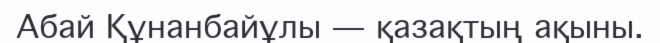
Абай Құнанбайұлы — қазақтың ақыны.